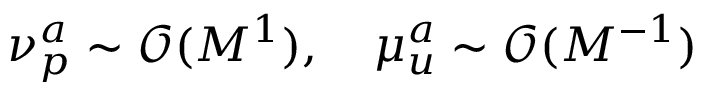
\nu _ { p } ^ { a } \sim \mathcal { O } ( M ^ { 1 } ) , \quad \mu _ { u } ^ { a } \sim \mathcal { O } ( M ^ { - 1 } )